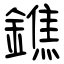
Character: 鐎